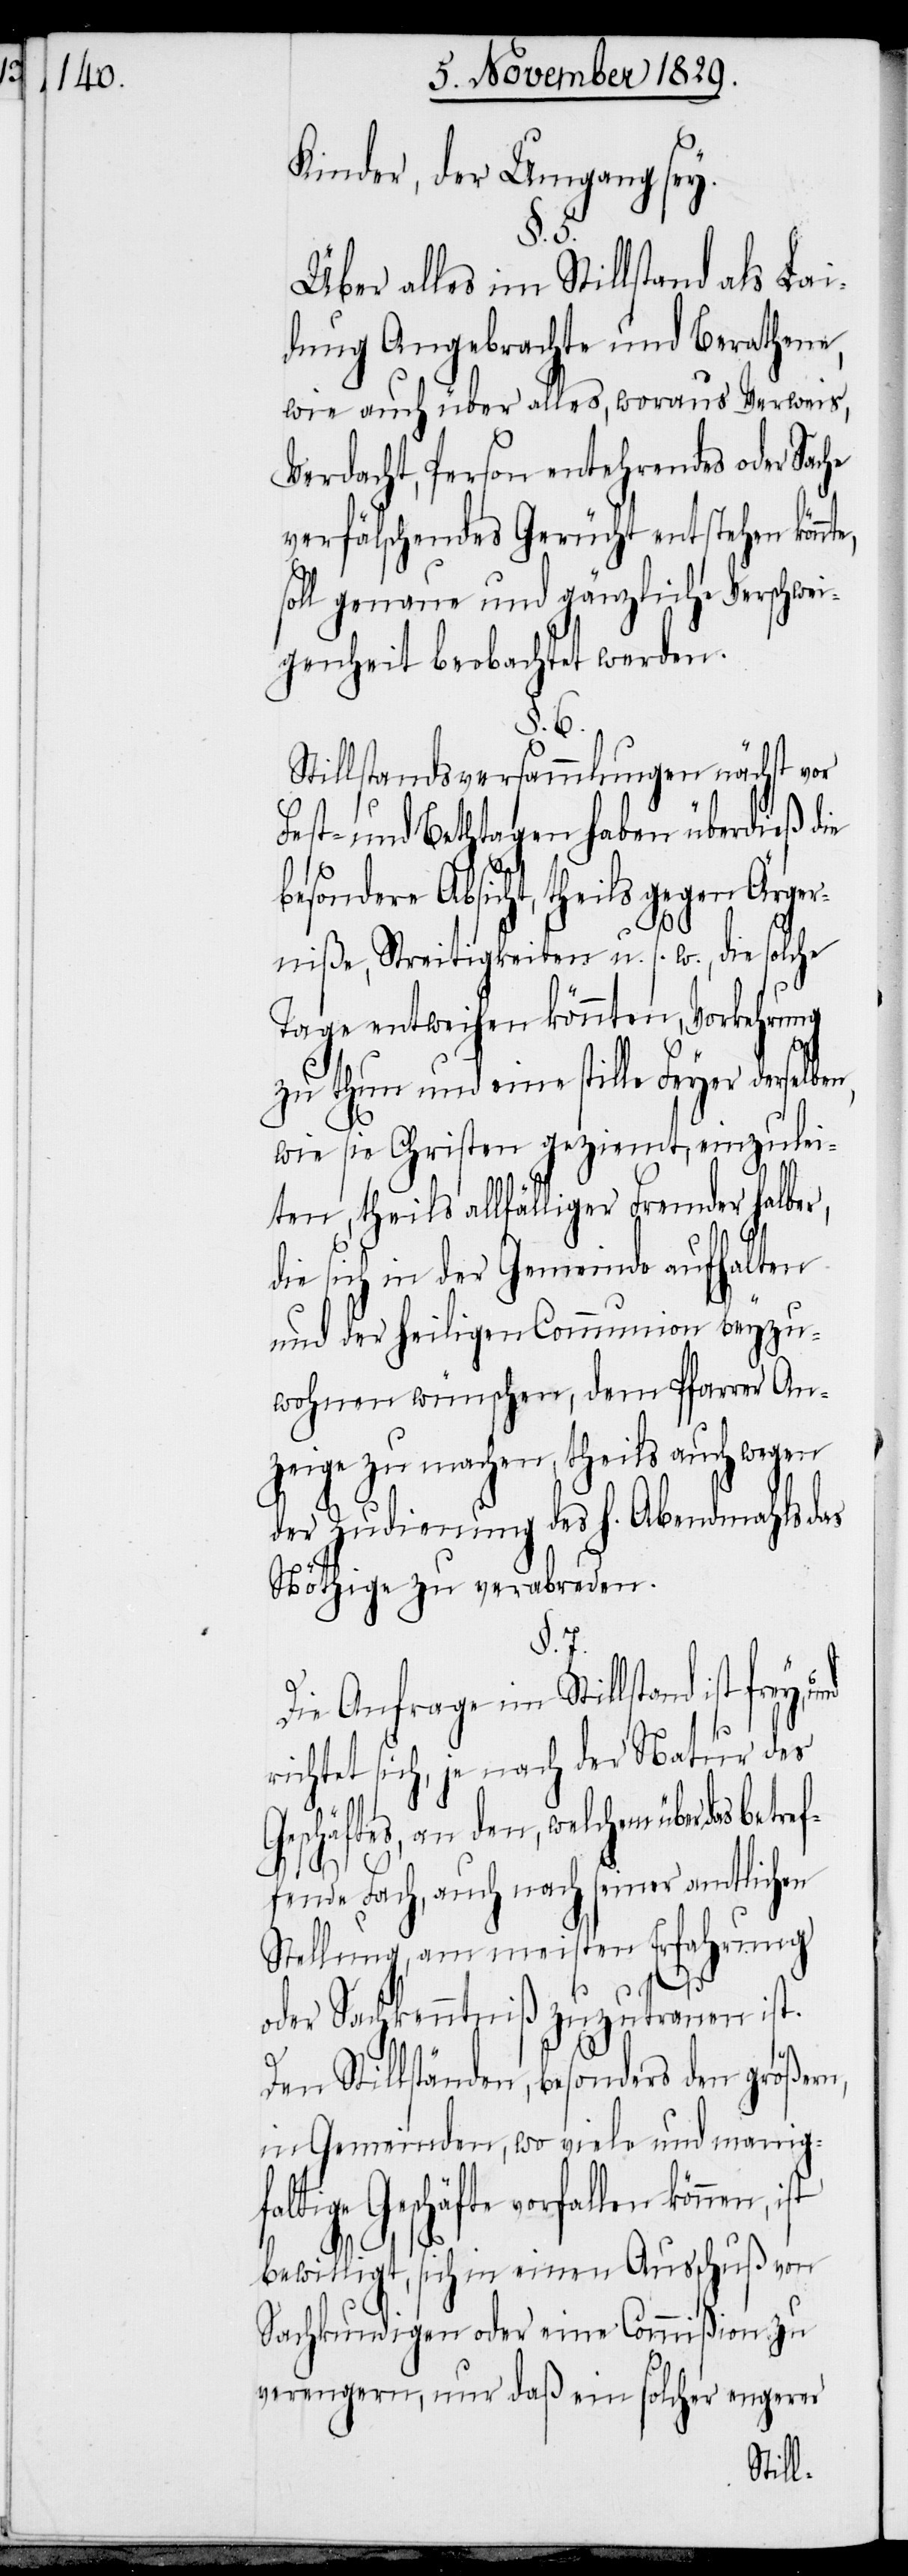
Kinder, der Umgang sey.
§. 5.
Über alles im Stillstand als Lai¬
dung Angebrachte und Berathene,
wie auch über alles, woraus Verweis,
Verdacht, Person entehrendes oder Sac¬
verfälschendes Gerücht entstehen könn¬
soll genaue und gänzliche Verschwei¬
genheit beobachtet werden.
§. 6.
Stillstandsversammlungen nächst vor
Fest- und Bethtagen haben überdieß die
besondere Absicht, theils gegen Är¬
niße, Streitigkeiten u. s. w., die solche
Tage entweichen könnten, Vorkehrung
zu thun und eine stille Feyer derselbe¬
wie sie Christen geziemt, einzulei¬
ten, theils allfälliger Fremder halber,
die sich in der Gemeinde aufhalten
und der heiligen Communion beyzu¬
wohnen wünschen, dem Pfarrer An¬
zeige zu machen, theils auch wegen
der Zudienung des H. Abendmahls das
Nöthige zu verabreden.
§. 7.
Die Anfrage im Stillstand ist frey,
richtet sich, je nach der Natur des
Geschäftes, an den, welchem über das be¬
fende Fach, auch nach seiner amtlichen
Stellung, am meisten Erfahrung
tref¬
oder Sachkenntniß zuzutrauen ist.
Den Stillständen, besonders den größern,
in Gemeinden, wo viele und manig¬
faltige Geschäfte vorfallen können,
bewilligt, sich in einen Ausschuß von
Sachkundigen oder eine Commißion zu
verengern, nur daß ein solcher engerer